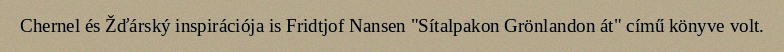
Chernel és Žďárský inspirációja is Fridtjof Nansen "Sítalpakon Grönlandon át" című könyve volt.